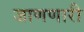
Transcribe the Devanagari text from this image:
जाणणारी